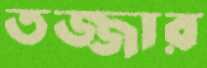
তজ্জার